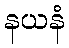
နယနံ